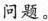
问题。